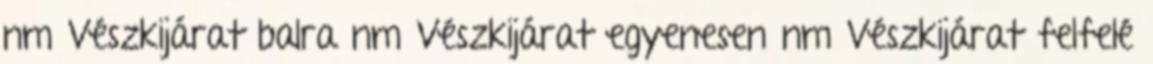
nm Vészkijárat balra nm Vészkijárat egyenesen nm Vészkijárat felfelé